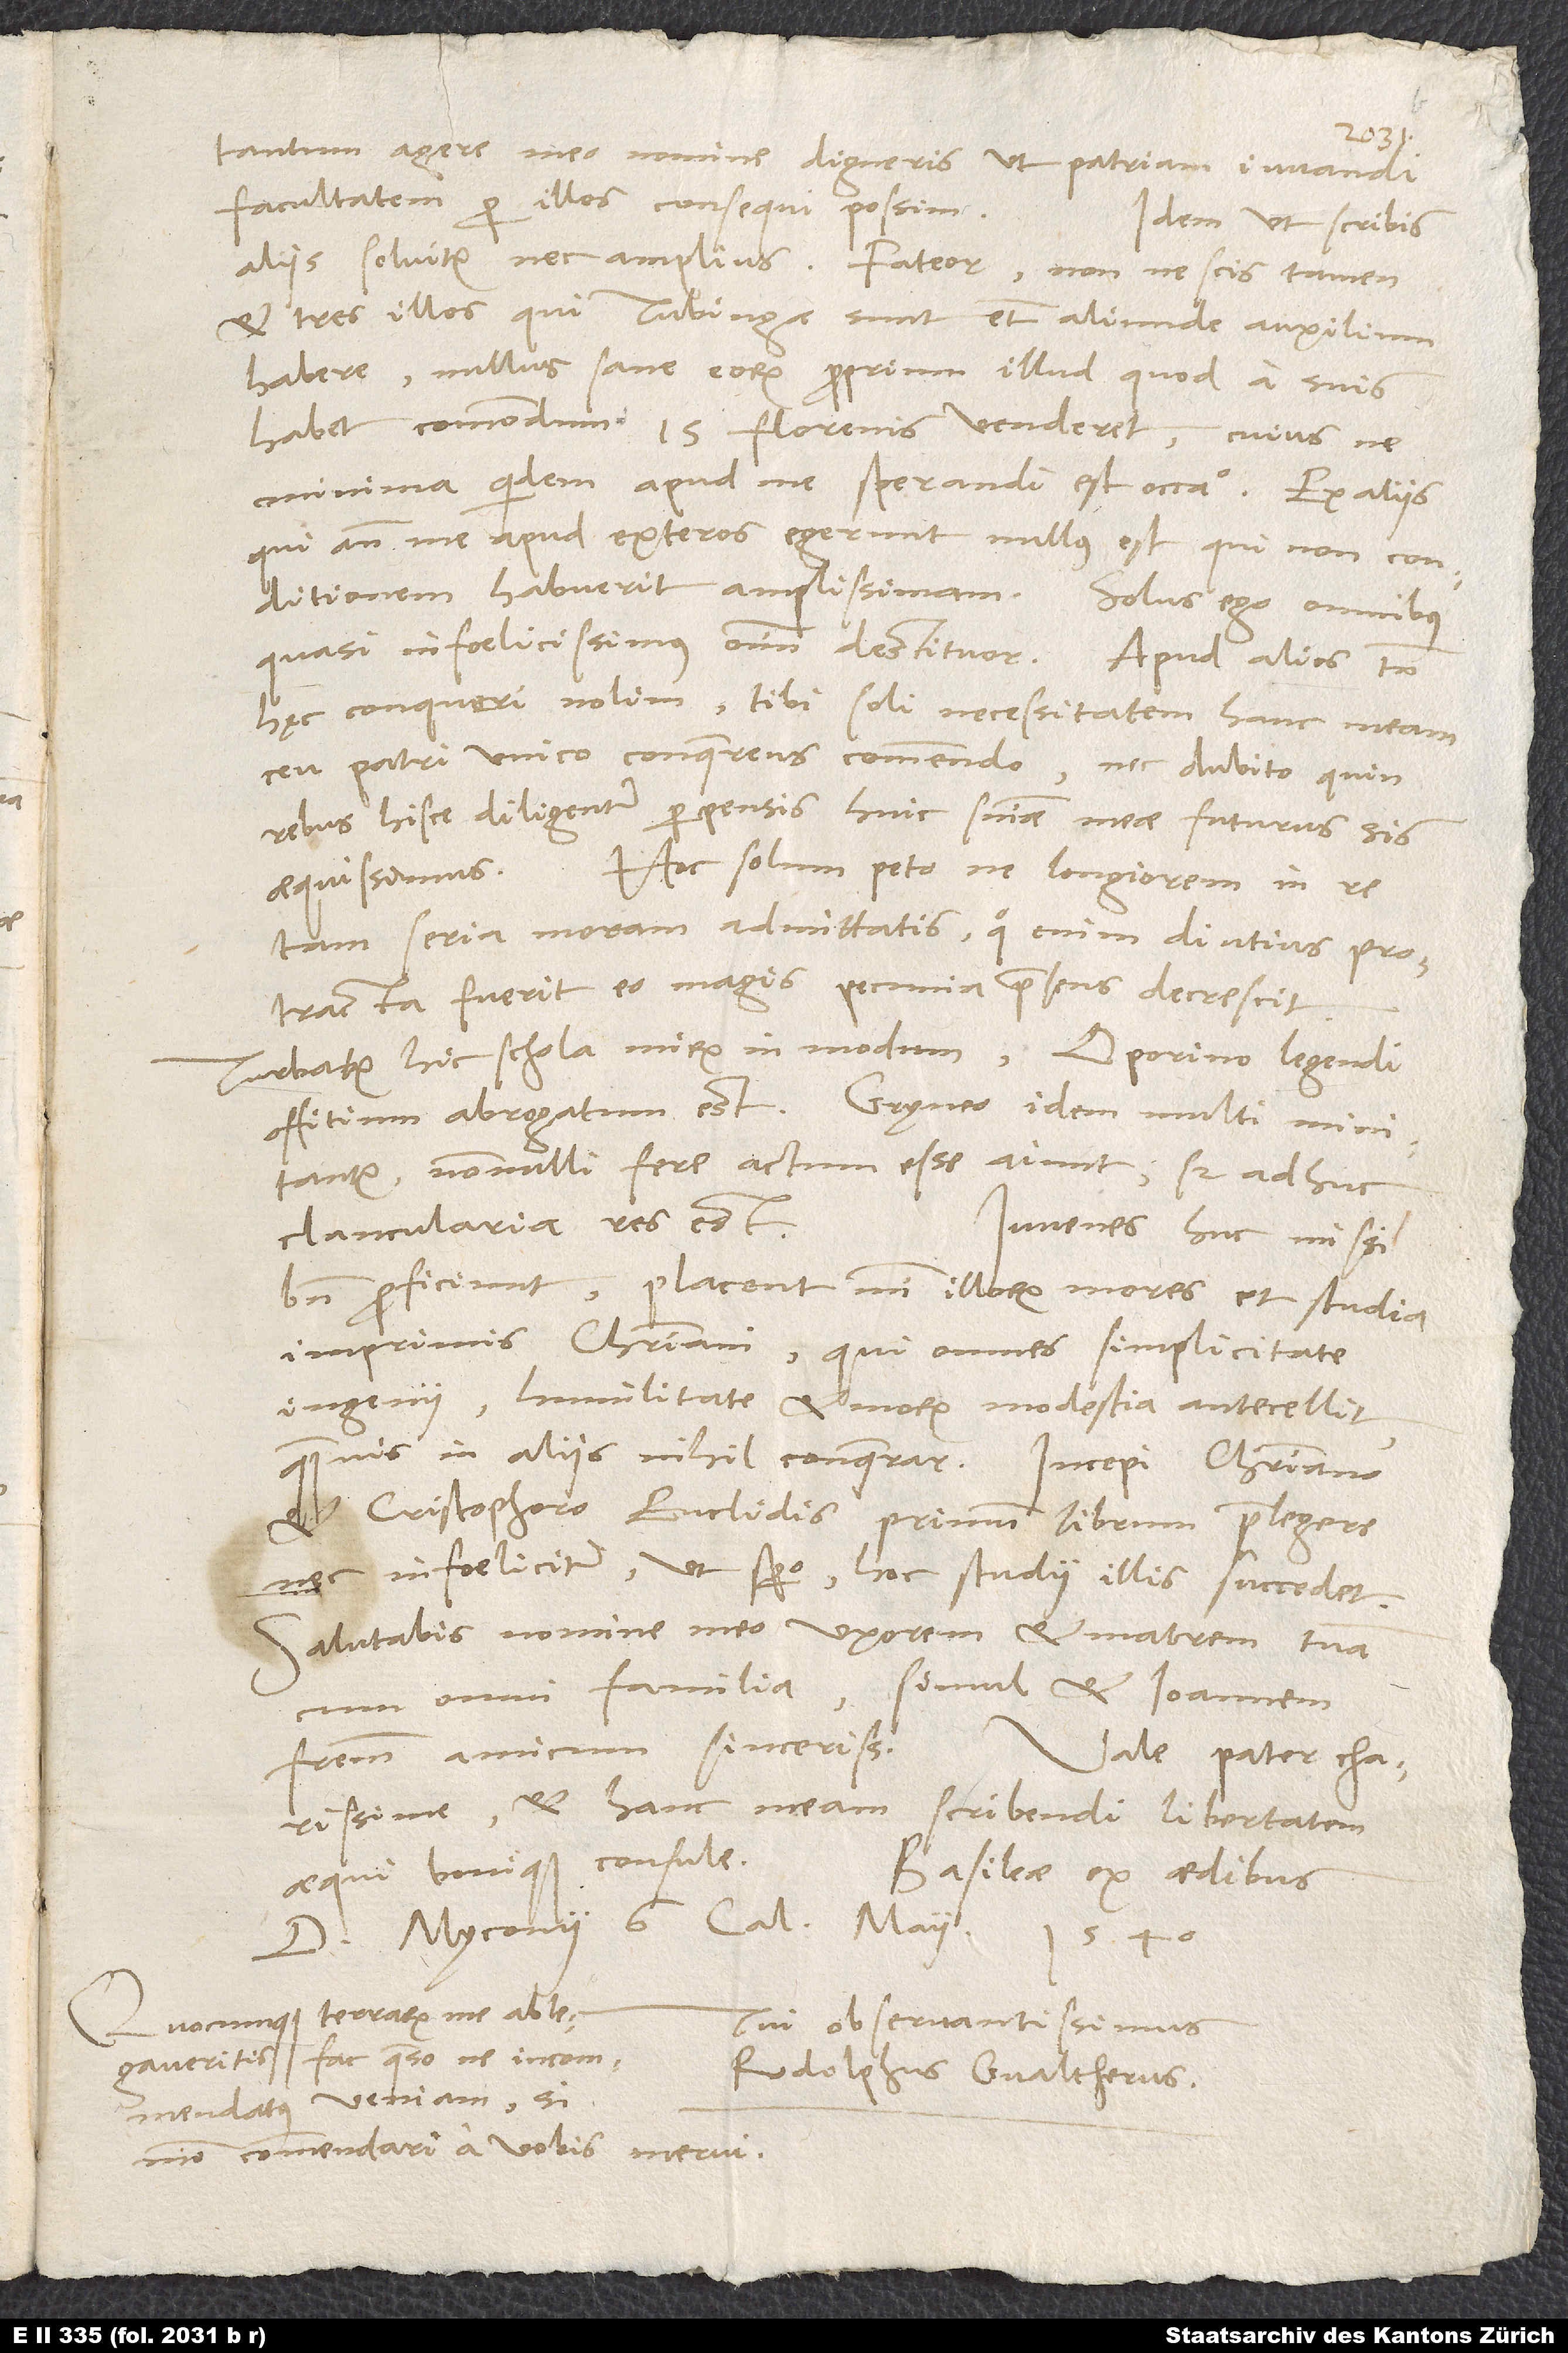
tantum agere meo nomine digneris, ut patriam iuvandi
facultatem per illos consequi possim.
Idem, ut scribis,
aliis solvitur nec amplius. Fateor; non nescis tamen
et tres illos, qui Tubingae sunt, etiam aliunde auxilium
habere. Nullus sane eorum proprium illud, quod a suis
habet commodum, 15 florenis venderet, cuius ne
minima quidem apud me sperandi est occasio. Ex aliis,
qui ante me apud exteros egerunt, nullus est, qui non conditionem
quasi infoelicissimus omnium destituor. Apud alios tamen
hęc conqueri nolim; tibi soli necessitatem hanc meam
ceu patri unico conquerens commendo nec dubito, quin
rebus hisce diligenter perpensis huic sententiae meae futurus sis
aequissimus. Hoc solum peto, ne longiorem in re
tam seria moram admittatis; quo enim diutius protracta
fuerit, eo magis pecunia praesens decrescit.
Turbatur hic schola mirum in modum. Oporino legendi
offitium abrogatum est; Grynęo idem multi minitantur,
nonnulli fere actum esse aiunt; sed adhuc
clancularia res est.
Iuvenes huc missi
bene proficiunt; placent mihi illorum mores et studia,
imprimis Christiani, qui omnes simplicitate
ingenii, humilitate et morum modestia antecellit,
quamvis in aliis nihil conquerar. Incepi Christiano
et Cristophoro Euclidis primum librum praelegere,
nec infoeliciter, ut spero, hoc studii illis succedet.
Salutabis nomine meo uxorem et matrem tuam
cum omni familia, simul et Ioannem
fratrem, amicum sincerissimum.
Vale, pater charissime,
et hanc meam scribendi libertatem
aequi bonique consule.
Basileae, ex aedibus
d. Myconii, 6. calendas maii 1540.
Quocunque terrarum me ablegaveritis,
Tui observantissimus
Rodolphus Gvaltherus.
commendari a vobis merui.